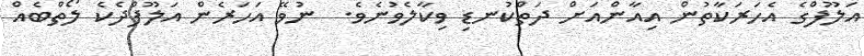
އަލޫފްގެ އެހަރަކާތުން އިއާންއަށް ދަތްކުނޑި ވިކާލެވުނެވެ.  ނުވޭ އަހަރެން އަލޫފްދެކެ ލޯތްބެެއް